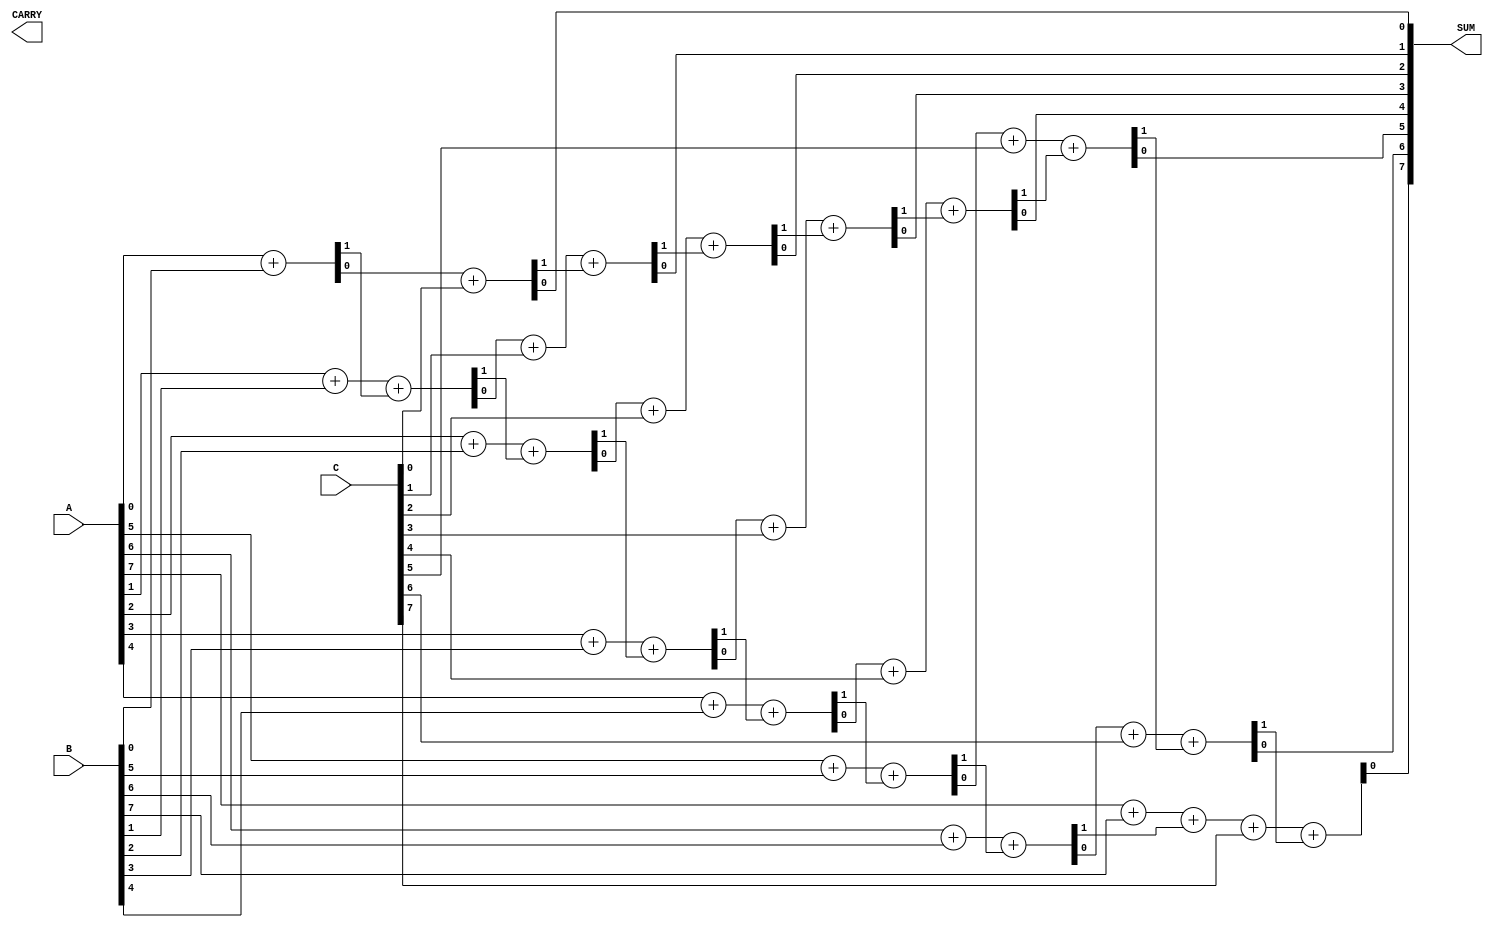
module ModifiedCarrySaveAdder #(parameter WIDTH = 8, parameter NUM_OPERANDS = 3) (
    input  [WIDTH-1:0] A, 
    input  [WIDTH-1:0] B, 
    input  [WIDTH-1:0] C,
    output [WIDTH-1:0] SUM,
    output [WIDTH:0] CARRY
);

    // Internal wires for the sum and carry outputs of the initial stages
    wire [WIDTH-1:0] sum1, sum2;
    wire [WIDTH:0] carry1, carry2;

    // Full adder for A and B
    genvar i;
    generate
        for (i = 0; i < WIDTH; i = i + 1) begin : full_adder_ab
            if (i == 0) begin
                assign {carry1[i+1], sum1[i]} = A[i] + B[i];
            end else begin
                assign {carry1[i+1], sum1[i]} = A[i] + B[i] + carry1[i];
            end
        end
    endgenerate

    // Full adder for the sum of A and B with operand C
    generate
        for (i = 0; i < WIDTH; i = i + 1) begin : full_adder_c
            if (i == 0) begin
                assign {carry2[i+1], sum2[i]} = sum1[i] + C[i];
            end else begin
                assign {carry2[i+1], sum2[i]} = sum1[i] + C[i] + carry2[i];
            end
        end
    endgenerate

    // Final sum and carry outputs
    assign SUM = sum2;
    assign CARRY = carry2[WIDTH:0]; // Final carry output

endmodule